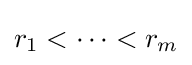
r_{1}<\cdots <r_{m}